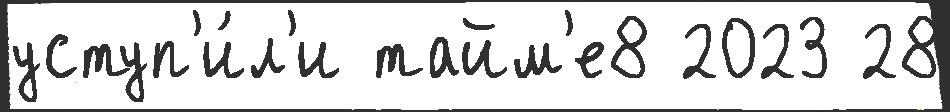
уступ'и́л'и тайм'е8 2023 28